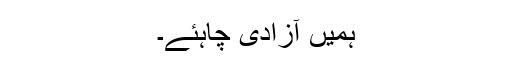
ہمیں آزادی چاہئے۔